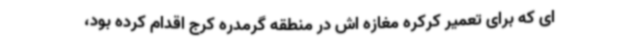
ای که برای تعمیر کرکره مغازه اش در منطقه گرمدره کرج اقدام کرده بود،